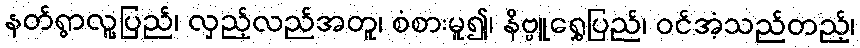
နတ်ရွာလူ့ပြည်၊ လှည့်လည်အတူ၊ စံစားမူ၍၊ နိဗ္ဗူရွှေပြည်၊ ဝင်အံ့သည်တည့်၊